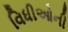
વિધીઓની